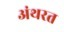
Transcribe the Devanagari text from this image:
अंथरत